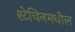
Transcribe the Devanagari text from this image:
श्टेचिनमधील